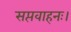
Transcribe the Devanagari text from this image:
सप्तवाहनः।